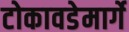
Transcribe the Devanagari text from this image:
टोकावडेमार्गे